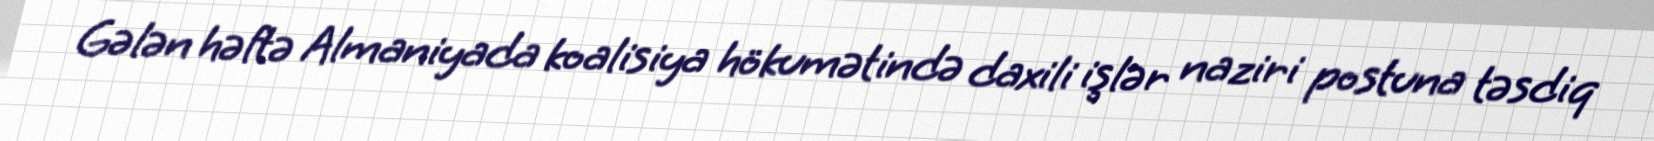
Gələn həftə Almaniyada koalisiya hökumətində daxili işlər naziri postuna təsdiq